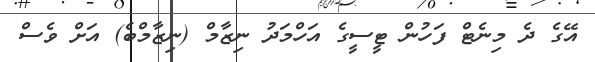
އޭގެ ދެ މިނެޓް ފަހުން ޓީސީގެ އަހްމަދު ނިޒާމް (ނިޒާމްބެ) އަށް ވެސް